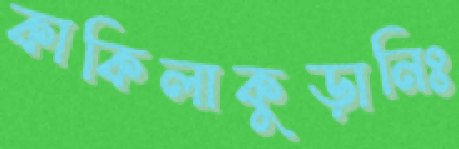
কাকিলাকুড়ানিঃ